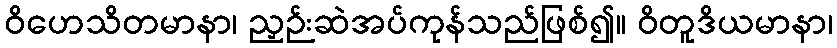
ဝိဟေသိတမာနာ၊ ညှဉ်းဆဲအပ်ကုန်သည်ဖြစ်၍။ ဝိတူဒိယမာနာ၊